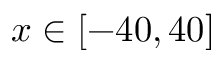
x \in [ - 4 0 , 4 0 ]